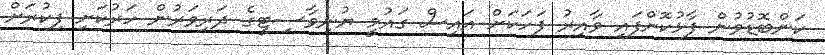
ކަންބޮޑުވުން ފާޅުކޮށްފައި ވާއިރު ފަހަކަށް އައިސް ގައުމީ ޔުނިވާސިޓީގެ ދަރިވަރުން ހަރުކަށި ފިކުރަށް